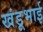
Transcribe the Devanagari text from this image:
खंडूभाई